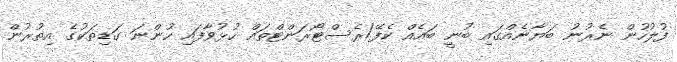
ފުލުހުން ނެރުނު ބަޔާނެއްގައި ބުނީ ބައެއް ކެފޭ/ރެސްޓޯރަންޓްތައް ހުޅުވާފައި ހުންނަ ގަޑިތަކުގެ އިތުރުން